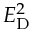
E _ { \mathrm { D } } ^ { 2 }